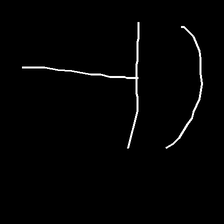
Glyph: dispersion